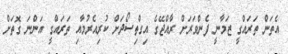
އެތަން ތަރައްގީ ޒަމާނީ ފެންވަރަށް ރާއްޖޭގެ އިގްތިސޯދަށް ކުރިއެރުމާއި ތަރައްގީ އަންނަ ގޮތަށް